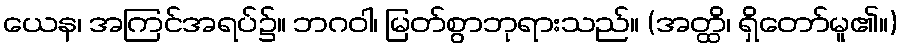
ယေန၊ အကြင်အရပ်၌။ ဘဂဝါ၊ မြတ်စွာဘုရားသည်။ (အတ္ထိ၊ ရှိတော်မူ၏။)